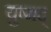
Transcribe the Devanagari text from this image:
युष्मद्